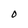
Character: O